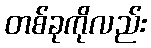
တစ်ခုကိုလည်း